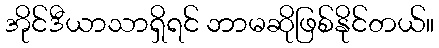
အိုင်ဒီယာသာရှိရင် ဘာမဆိုဖြစ်နိုင်တယ်။